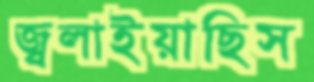
জ্বলাইয়াছিস